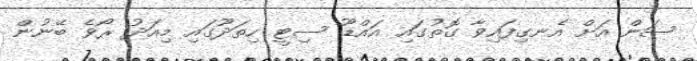
ސަން އަށް އެނގިފައިވާ ގޮތުގައި އައްޑޫ ސިޓީ ހިތަދޫގައި މިއަދު ރޯވެ ބޭނުން